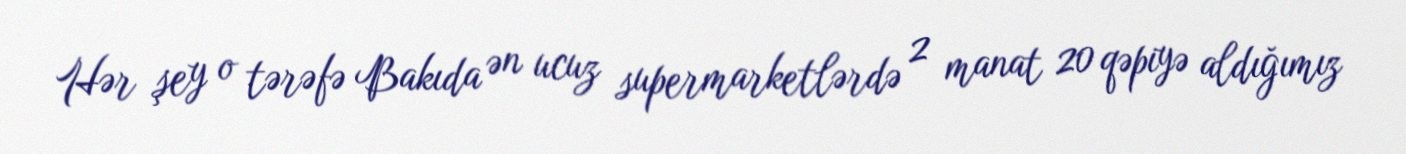
Hər şey o tərəfə Bakıda ən ucuz supermarketlərdə 2 manat 20 qəpiyə aldığımız